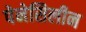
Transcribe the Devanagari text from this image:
पेनेसिलीन